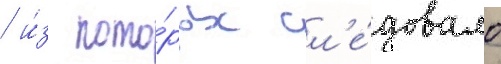
/ и́з кото́рых сл'е́довало